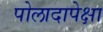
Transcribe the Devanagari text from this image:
पोलादापेक्षा